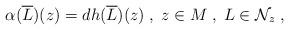
LaTeX: \begin{align*} \alpha(\overline{L})(z) = dh(\overline{L})(z)\;,\;z\in M\;,\;L\in\mathcal{N}_{z}\;,\end{align*}